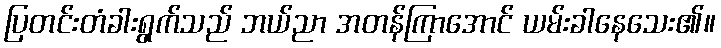
ပြတင်းတံခါးရွက်သည် ဘယ်ညာ အတန်ကြာအောင် ယမ်းခါနေသေး၏။